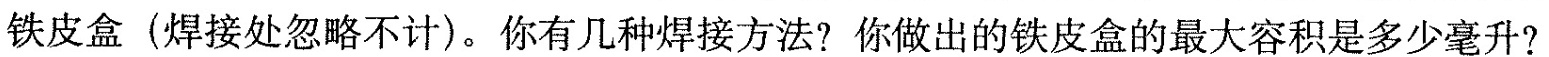
铁皮盒(焊接处忽略不计)。你有几种焊接方法?你做出的铁皮盒的最大容积是多少毫升?